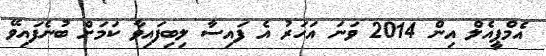
އެމްޕީއެލް އިން 2014 ވަނަ އަހަރު އެ ފައިސާ ލިބިފައިވާ ކަމަށް ބުނެފައިވޭ